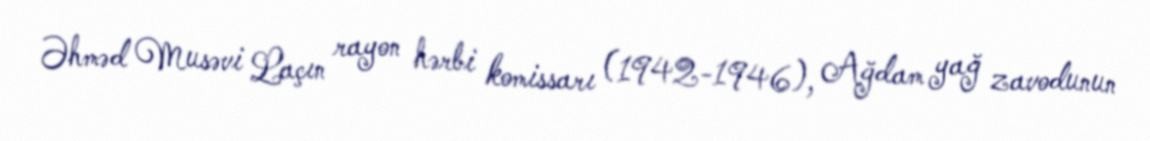
Əhməd Musəvi Laçın rayon hərbi komissarı (1942-1946), Ağdam yağ zavodunun